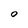
Character: 0